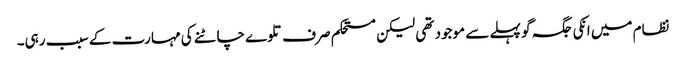
نظام میں انکی جگہ گو پہلے سے موجود تھی لیکن مستحکم صرف تلوے چاٹنے کی مہارت کے سبب رہی۔